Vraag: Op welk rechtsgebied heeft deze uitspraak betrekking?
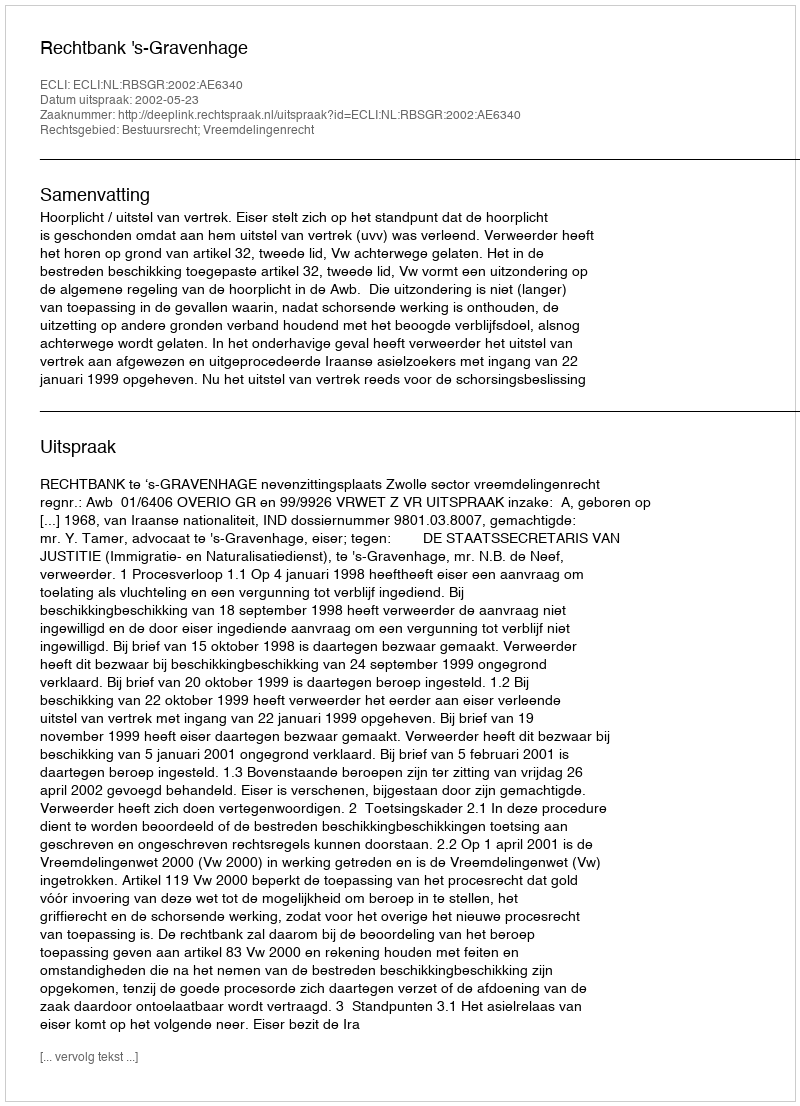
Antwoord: Bestuursrecht; Vreemdelingenrecht